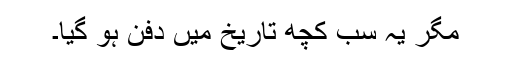
مگر یہ سب کچھ تاریخ میں دفن ہو گیا۔